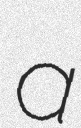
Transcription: a